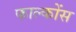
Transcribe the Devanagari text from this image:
फाल्कोंस